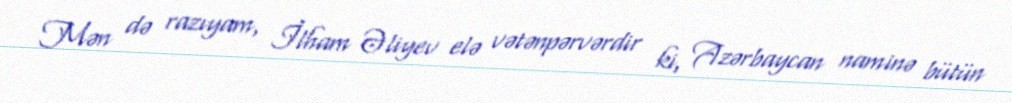
Mən də razıyam, İlham Əliyev elə vətənpərvərdir ki, Azərbaycan naminə bütün